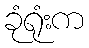
ခုံရုံးက